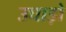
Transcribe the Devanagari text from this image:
उघाड़ो